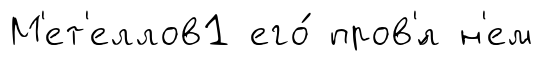
М'ет'еллов1 его́ пров'́л н'ем